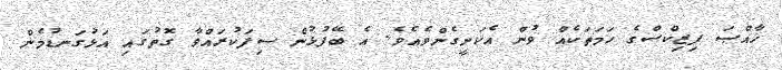
ޚާއްޞަ ފިޒިކްސްގެ ހަމަތަކެއް ވުން އެކަށީގެންވެއެވެ. އެ ބޭފުޅުން ސިފަކުރައްވާ ގޮތުގައި އަޅުގަނޑުމެން